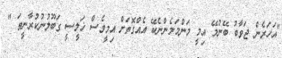
"އަހަރެން ޖަވާބު ބޭނުމޭ އިމީ މަންމަމެންނެކޭ އެއްގޮތަށް އިމީވެސް ޚަލީސީ ގަބޫލުނުކުރާނީތަ "